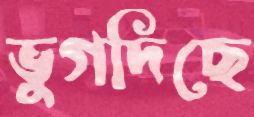
ভুগদিছে